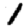
Digit: 1